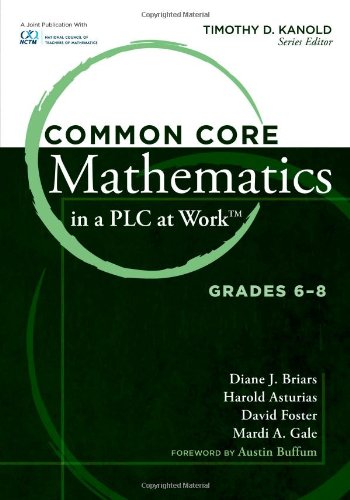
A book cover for Common Core Mathematics in a PLC at Work, Grades 6-8; Diane J. Briars; Test Preparation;